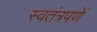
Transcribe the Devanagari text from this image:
स्वतंत्रपणें